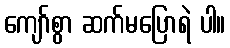
ကျော်စွာ ဆက်မပြောရဲ ပါ။